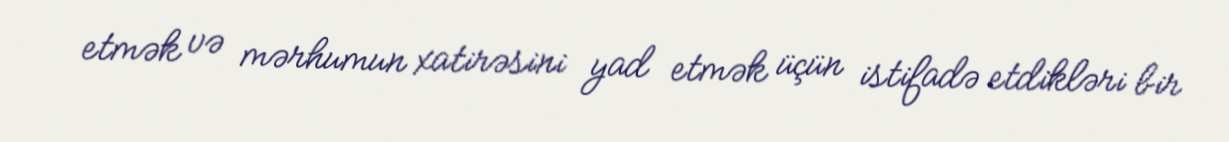
etmək və mərhumun xatirəsini yad etmək üçün istifadə etdikləri bir